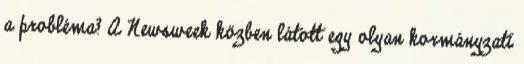
a probléma? A Newsweek közben látott egy olyan kormányzati